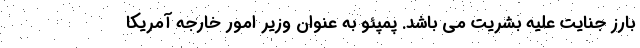
بارز جنایت علیه بشریت می باشد. پمپئو به عنوان وزیر امور خارجه آمریکا